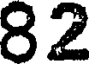
82